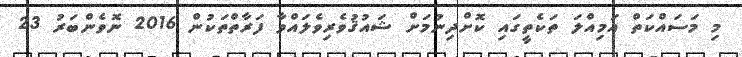
މި މަސައްކަތް އަމިއްލަ ތަކެތީގައި ކޮށްދިނުމަށް ޝައުޤުވެރިވެލައްވާ ފަރާތްތަކުން 2016 ނޮވެންބަރު 23